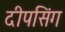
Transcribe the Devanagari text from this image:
दीपसिंग